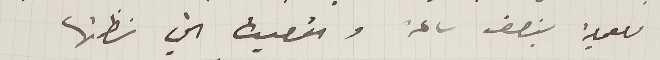
للعملية بنصف ساعة والقصيدة التي نظمتها